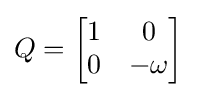
Q={\begin{bmatrix}1&0\\0&-\omega \end{bmatrix}}